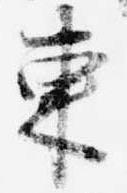
東